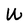
Character: W